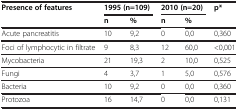
| Presence of features | <COLSPAN=2> 1995 (n=109) | <COLSPAN=2> 2010 (n=20) | p* |
 |  | n | % | n | % |  |
 | --- | --- | --- | --- | --- | --- |
 | Acute pancreatitis | 10 | 9,2 | 0 | 0,0 | 0,360 |
 | Foci of lymphocytic in filtrate | 9 | 8,3 | 12 | 60,0 | <0,001 |
 | Mycobacteria | 21 | 19,3 | 2 | 10,0 | 0,525 |
 | Fungi | 4 | 3,7 | 1 | 5,0 | 0,576 |
 | Bacteria | 10 | 9,2 | 0 | 0,0 | 0,360 |
 | Protozoa | 16 | 14,7 | 0 | 0,0 | 0,131 |